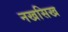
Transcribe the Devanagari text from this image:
नखसिख